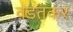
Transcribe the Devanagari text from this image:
वडतकर